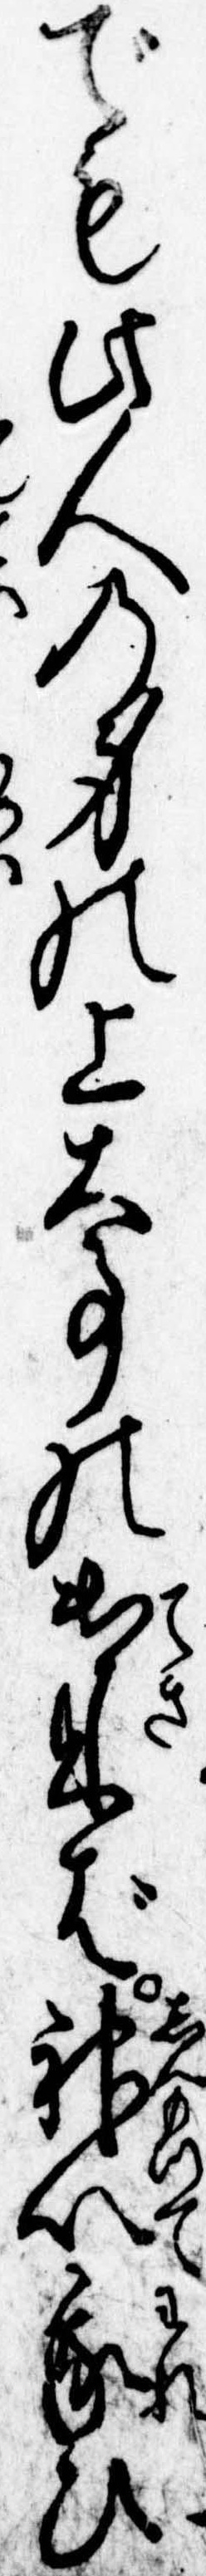
でも此人の身の上大事の出来ば神以我ひ